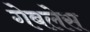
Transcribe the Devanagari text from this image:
गेबलेस